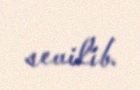
sevilib.